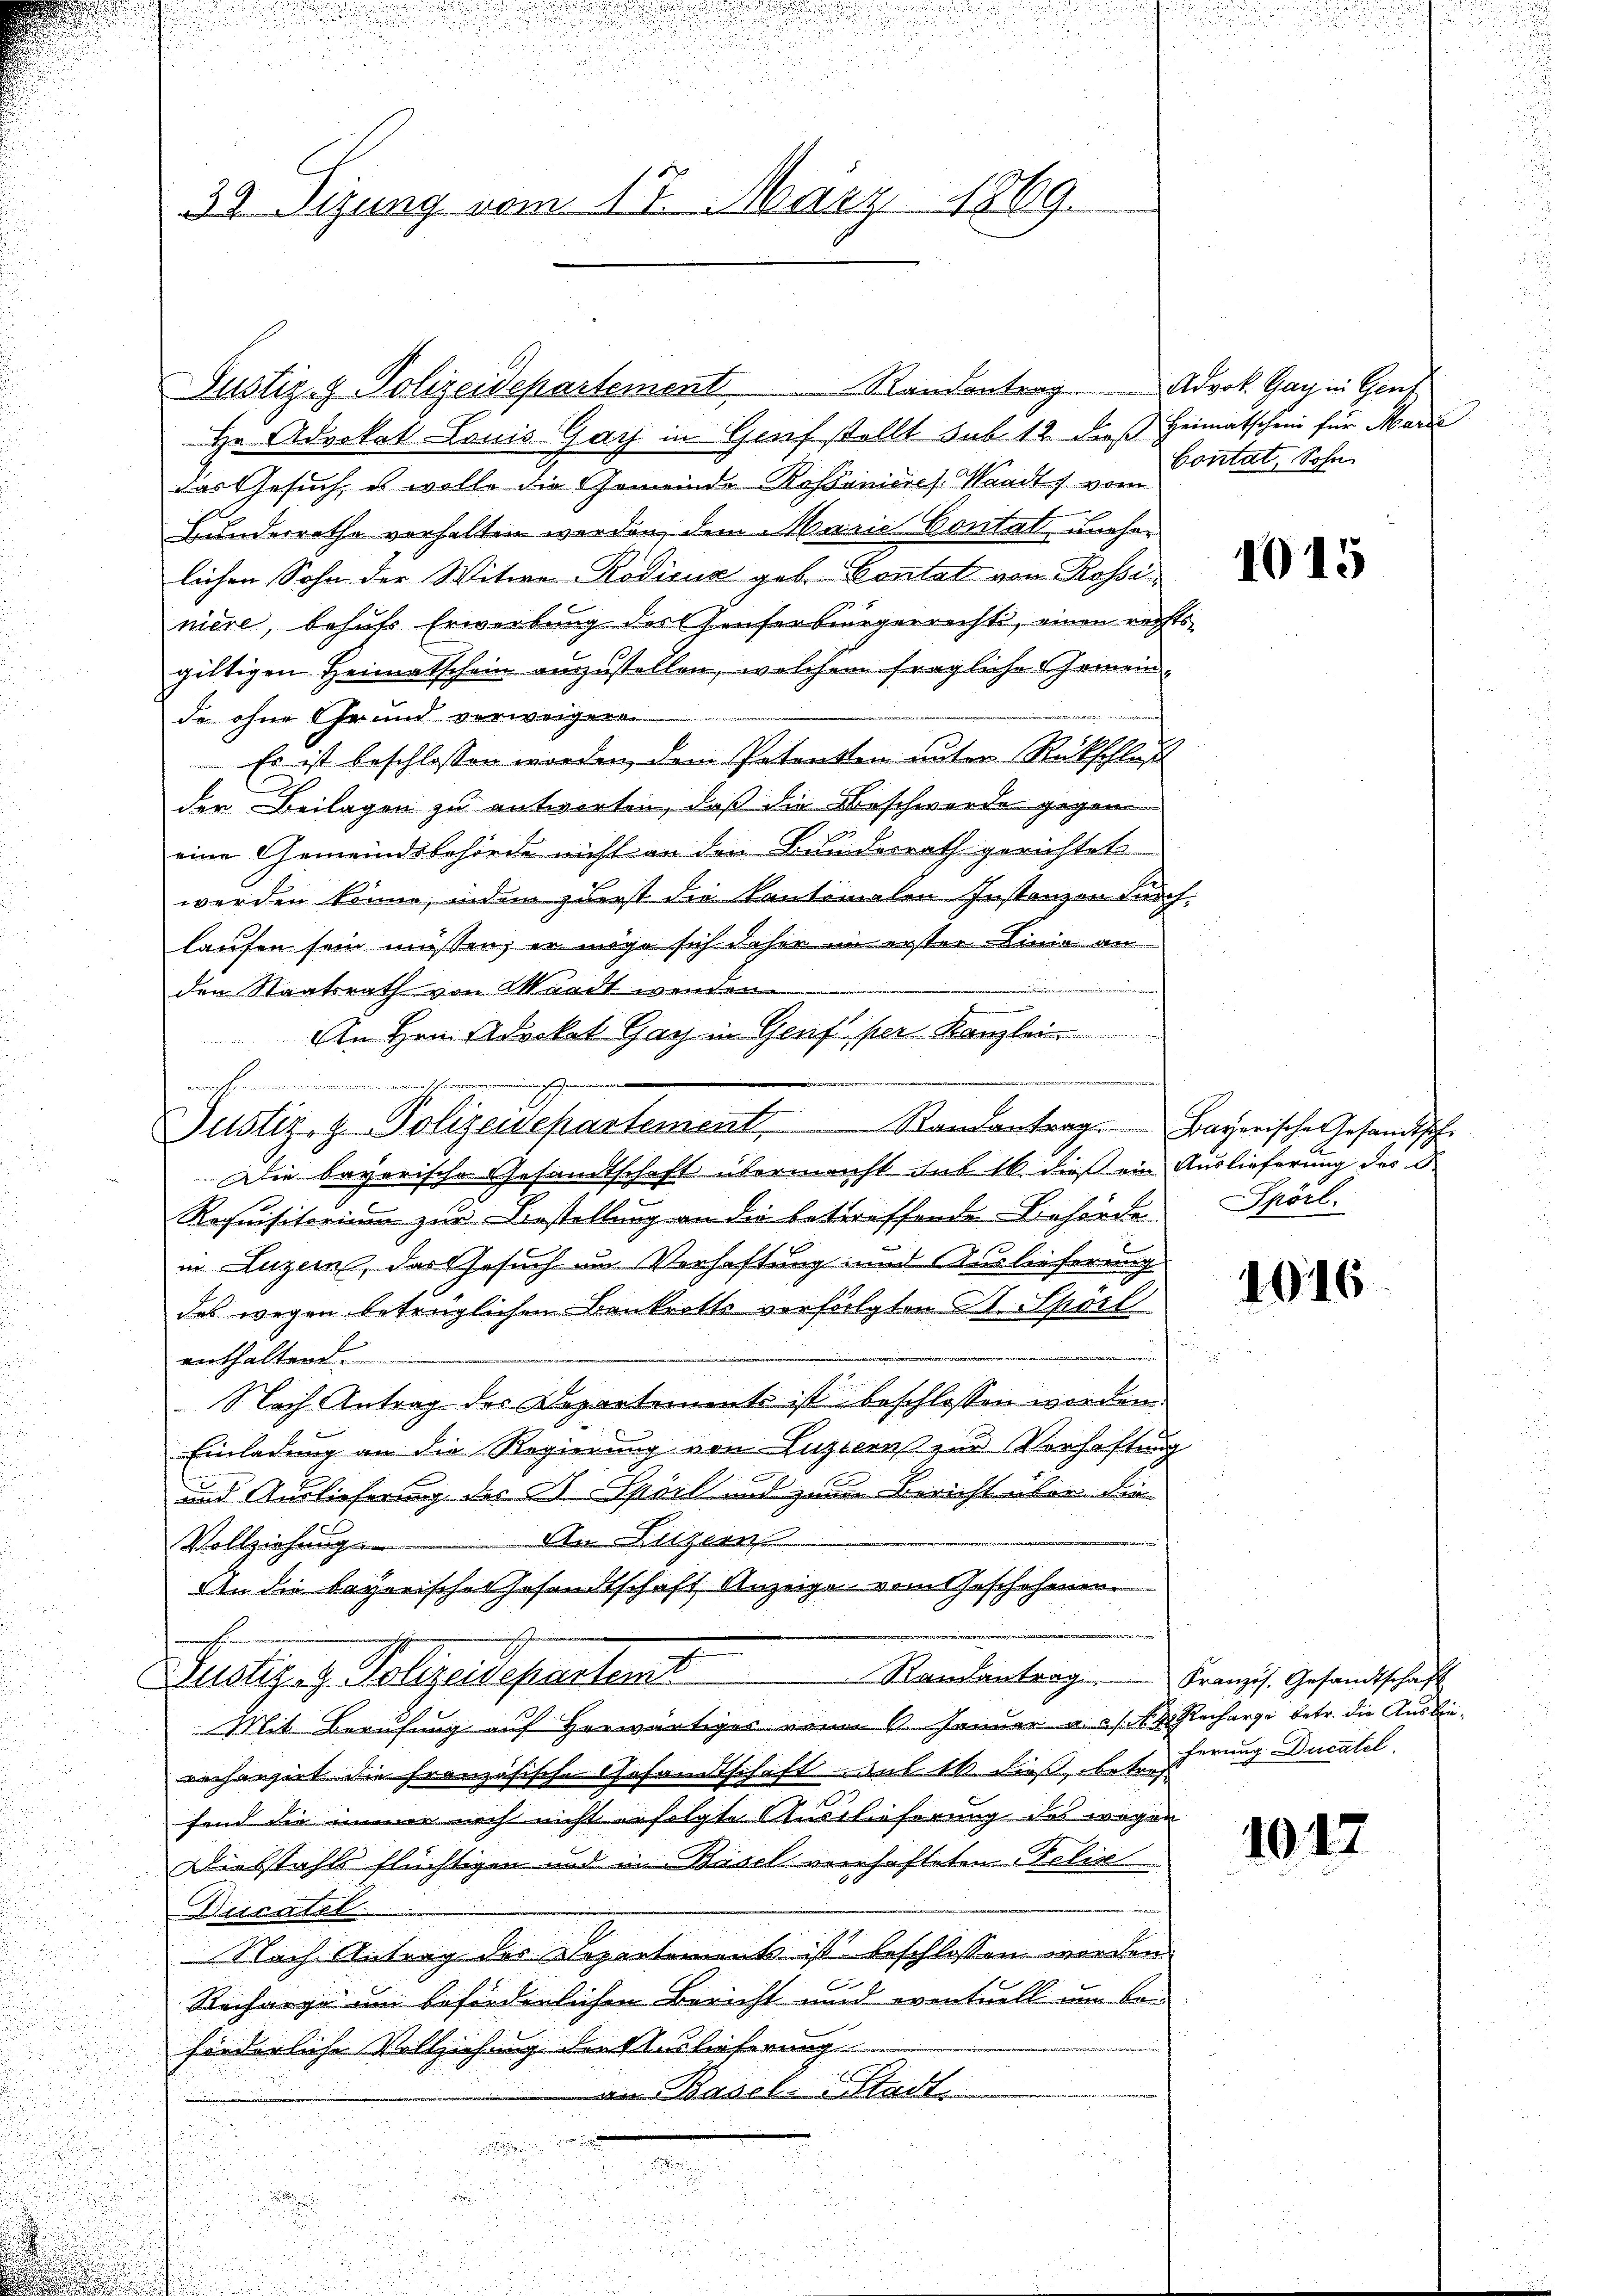
Hr. Advokat Louis Gay in Genf stellt sub. 12. dieß Heimatschein für Marie
das Gesuch, es wolle die Gemeinde Rossanieres. Waadt, vom
Bundesrathe verhalten werden, dem Marie Contat unehelichen Sohn der Witwe Rodicuz geb. Kontati von Rossi
niere, behuts Erwerbung des Hauserbürgerrecht, einen rechtsgültigen Heimatschein auszustellen, welchem fragliche Gemeinde ohne Ohr und verweigen.
Es ist beschlossen worden, dem Petenten unter Rückschluß
den Beilagen zu antworten, daß die Beschwerde gegen
eine Gemeindsbehörde nicht an den Bundesrath gerichtet
werden könne, indem zuerst die kontimalen Instanzen durch
laufen sein müssen; er mige sich daher im erster Linie an
 2t. Mi
den Staatsrath von Waadt werden.
An Hrn. Advokat Gay in Genf per Kanzlei
Justiz- & Polizeidepartement Randantrag. Payerische Gesandtsche
Die bayerische Gesandtschaft übermacht sub 16. dieß ein Auslieferung des d
Requisitorium zur Bestellung an die betreffende Behörde Spörl.
in Luzern, das Gesuch um Verhaftung und Auslieferung
des wegen betrüglichen Bankrotts verfolgten B. Spörl
enthaltend.
Nach Antrag des Departements ist beschlossen worden.
Einladung an die Regierung von Luzern zur Verhaftung
und Ausliefeng des H. Sport und zum Bericht über die
An Luzern
Vollziehung
An die bayerisches Gesandtschaft Anzeige vom Geschehenen
Randantrag
Justiz- & Polizeidepartent
Mit Berufung auf herwärtiges vom 1. Januar aus Recharge betr. die Auslieverhangirt die französische Gesamtschaft mit 16 dieß, betref¬

fend die immer noch nicht erfolgte Auslieferung des wegen
Diebstahls flüchtigen und in Basel verhafteten Felix
Ducatel
Nach Antrag des Departements ist beschlossen werden.
Recharge im beförderlichen Bericht und eventuell um be
förderliche Vollziehung die Auslieferung
an Basel. Stadt.

.
a

d

i
u

Hienennun

39 Sizung vom 17. März 1869.

Justiz- & Polizeidepartement Randantrag

Advok. Gay in Genf
Contat, Sohn

t

1015

1016

Französ. Gesandtschaft
ferung Ducatel

1017